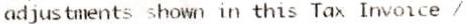
ADJUSTMENTS SHOWN IN THIS TAX INVOICE /